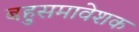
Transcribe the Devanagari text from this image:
बहुसमावेशक